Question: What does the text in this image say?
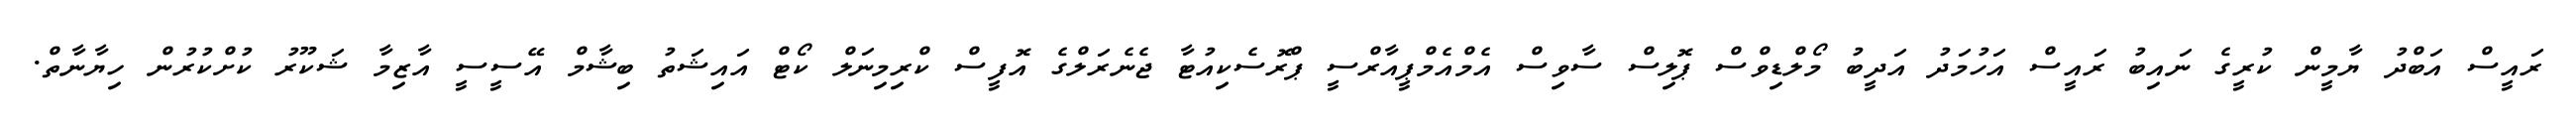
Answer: ރައީސް އަބްދު ޔާމީން ކުރީގެ ނައިބު ރައީސް އަހުމަދު އަދީބު މޯލްޑިވްސް ޕޮލިސް ސާވިސް އެމްއެމްޕީއާރްސީ ޕްރޮސެކިއުޓާ ޖެނެރަލްގެ އޮފީސް ކްރިމިނަލް ކޯޓް އައިޝަތު ބިޝާމް އޭސީސީ އާޒިމާ ޝަކޫރު ކުށްކުރުން ހިޔާނާތް.